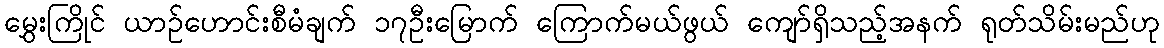
မွှေးကြိုင် ယာဉ်ဟောင်းစီမံချက် ၁၇ဦးမြောက် ကြောက်မယ်ဖွယ် ကျော်ရှိသည့်အနက် ရုတ်သိမ်းမည်ဟု